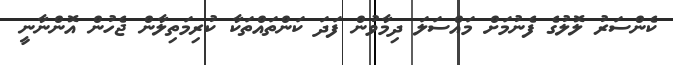
ކެންސަރު ލޮލުގެ ފެނުމަށް މައްސަލަ ދިމާވުން ފަދަ ކަންތައްތަކާ ކުރިމަތިލާން ޖެހުން އޮންނާނީ